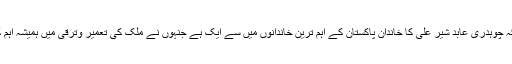
ان کا کہنا تھا کہ چوہدری عابد شیر علی کا خاندان پاکستان کے اہم ترین خاندانوں میں سے ایک ہے جنہوں نے ملک کی تعمیر وترقی میں ہمیشہ اہم کرداراداکیا ہے۔